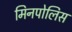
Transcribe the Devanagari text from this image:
मिनपोलिस